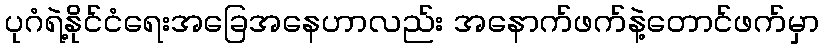
ပုဂံရဲ့နိုင်ငံရေးအခြေအနေဟာလည်း အနောက်ဖက်နဲ့တောင်ဖက်မှာ